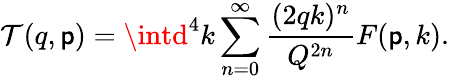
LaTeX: \mathcal{T}(q,\mathsf{p})=\intd^{4}k\sum_{n=0}^{\infty}\frac{{(2qk)^{n}}}{{Q^{2n}}}F(\mathsf{p},k).